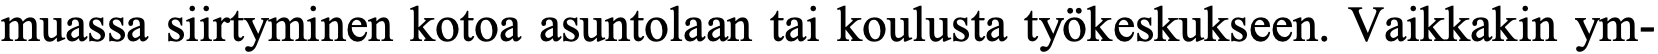
muassa siirtyminen kotoa asuntolaan tai koulusta työkeskukseen. Vaikkakin ym-